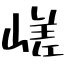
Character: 嵯